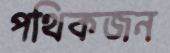
পথিকজন